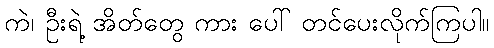
ကဲ၊ ဦးရဲ့ အိတ်တွေ ကား ပေါ် တင်ပေးလိုက်ကြပါ။